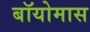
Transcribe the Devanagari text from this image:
बॉयोमास